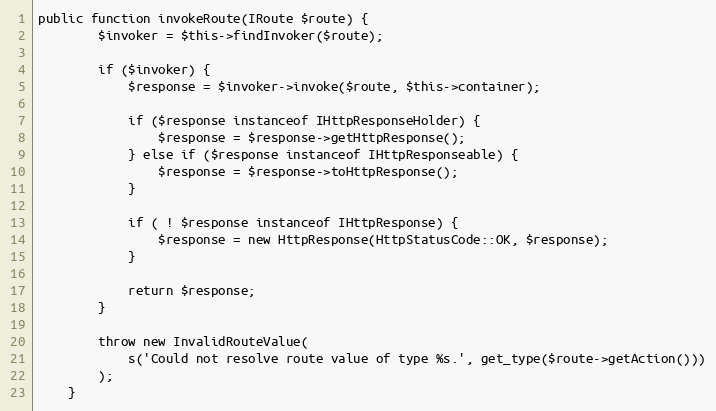
Language: PHP
public function invokeRoute(IRoute $route) {
        $invoker = $this->findInvoker($route);

        if ($invoker) {
            $response = $invoker->invoke($route, $this->container);

            if ($response instanceof IHttpResponseHolder) {
                $response = $response->getHttpResponse();
            } else if ($response instanceof IHttpResponseable) {
                $response = $response->toHttpResponse();
            }

            if ( ! $response instanceof IHttpResponse) {
                $response = new HttpResponse(HttpStatusCode::OK, $response);
            }

            return $response;
        }

        throw new InvalidRouteValue(
            s('Could not resolve route value of type %s.', get_type($route->getAction()))
        );
    }